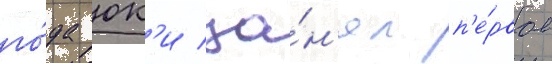
го́да юк'и за́н'ял п'е́рвое